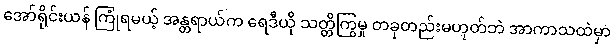
အော်ရိုင်းယန် ကြုံရမယ့် အန္တရာယ်က ရေဒီယို သတ္တိကြွမှု တခုတည်းမဟုတ်ဘဲ အာကာသထဲမှာ